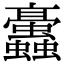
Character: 𧖁